Annual returns of the Patna Lunatic Asylum at Bankipore in Bihar and Orissa - 1912-1924
Year: 1912
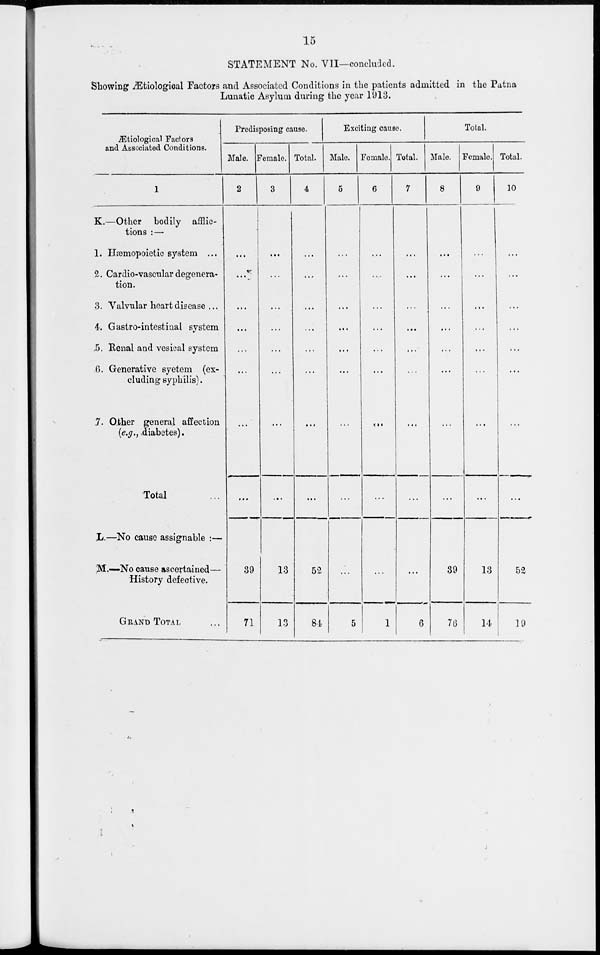
15
STATEMENT No. VII—concluded.
Showing Ætiological Factors and Associated Conditions in the patients admitted in the Patna
Lunatic Asylum during the year 1913.
Ætiological Factors
and Associated Conditions.
1
K.—Other
bodily
afflic-
tions : —
1. Hæmopoietic system ...
2. Cardio-vascular degenera-
tion.
3. Valvular heart disease ...
4. Gastro-intestitnal system
5. Renal and vesical system
6. Generative syetem (ex-
cluding syphilis).
7. Other general affection
(e.g., diabetes).
Total ...
L.—No cause assignable :—
M.—No cause ascertained—
History defective.
GRAND TOTAL ...
Predisposing cause.
Male.
2
...
...
...
...
...
...
...
...
39
71
Female.
3
...
...
...
...
...
...
...
...
13
13
Total.
4
...
...
...
...
...
...
...
...
52
84
Exciting cause.
Male.
5
...
...
...
...
...
...
...
...
...
5
Female.
6
...
...
...
...
...
...
...
...
...
1
Total.
7
...
...
...
...
...
...
...
...
...
6
Total.
Male.
8
...
...
...
...
...
...
...
...
39
76
Female.
9
...
...
...
...
...
...
...
...
13
14
Total.
10
...
...
...
...
...
...
...
...
52
19